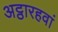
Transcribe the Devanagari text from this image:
अट्ठारहवां